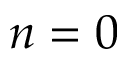
n = 0